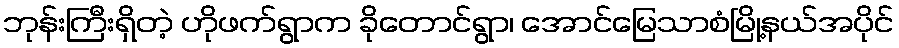
ဘုန်းကြီးရှိတဲ့ ဟိုဖက်ရွာက ခိုတောင်ရွာ၊ အောင်မြေသာစံမြို့နယ်အပိုင်